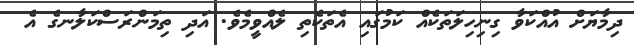
ދިމާޔަށް އުއްކަވާ ގިނިހިލަތަކެއް ކަމުގައި އެތަކެތި ލެއްވީމެވެ. އަދި ތިމަންރަސްކަލާނގެ އެ